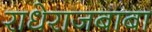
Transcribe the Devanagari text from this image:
राधेराजबाबा